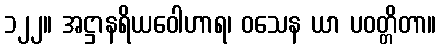
၁၂၂။ အဋ္ဌာနရိယဝေါဟာရ၊ ဝသေန ယာ ပဝတ္တိတာ။